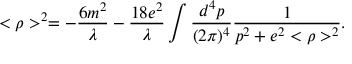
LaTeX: < \rho > ^ { 2 } = - \frac { 6 m ^ { 2 } } { \lambda } - \frac { 1 8 e ^ { 2 } } { \lambda } \int \frac { d ^ { 4 } p } { ( 2 \pi ) ^ { 4 } } \frac { 1 } { p ^ { 2 } + e ^ { 2 } < \rho > ^ { 2 } } .